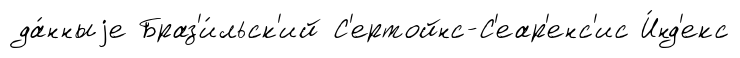
да́нныjе Браз'и́льск'ий С'ертойнс-С'еар'енс'ис И́нд'екс